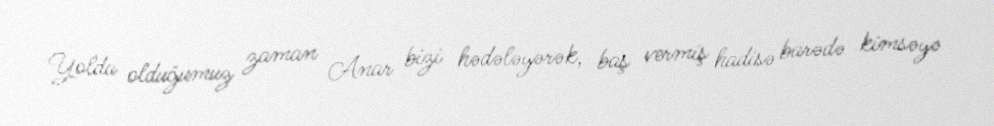
Yolda olduğumuz zaman Anar bizi hədələyərək, baş vermiş hadisə barədə kimsəyə